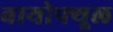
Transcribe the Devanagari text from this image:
बायोफ्यूल